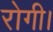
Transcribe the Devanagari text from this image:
रोगी।